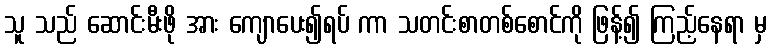
သူ သည် ဆောင်းမီးဖို အား ကျောပေး၍ရပ် ကာ သတင်းစာတစ်စောင်ကို ဖြန့်၍ ကြည့်နေရာ မှ